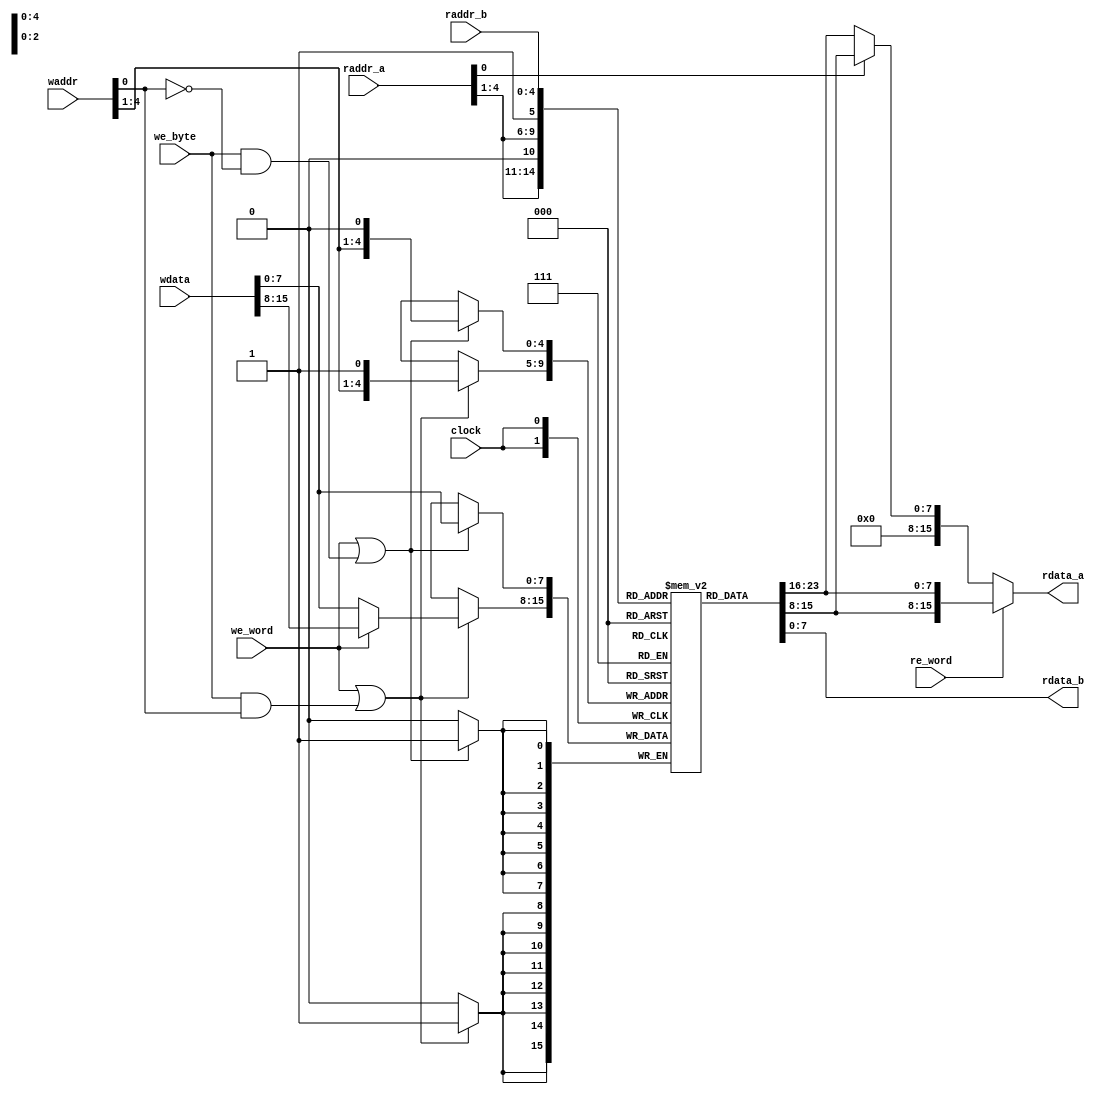
//----------------------------------------------------------------------
//  RegFile: Register File for AVR Compatible CPU
//----------------------------------------------------------------------
module  RegFile (
    input           clock,      //  Master clock
    input   [4:0]   waddr,      //  Write address
    input   [15:0]  wdata,      //  Write data
    input           we_byte,    //  Byte write enable
    input           we_word,    //  Word write enable
    input           re_word,    //  Port A word read enable
    input   [4:0]   raddr_a,    //  Port A read address
    input   [4:0]   raddr_b,    //  Port B read address
    output  [15:0]  rdata_a,    //  Port A read data
    output  [7:0]   rdata_b     //  Port B read data
);

//  Internal nets
reg [7:0]   regf[0:31];
wire        we_l;
wire        we_h;
wire[4:0]   waddr_l;
wire[4:0]   waddr_h;
wire[4:0]   raddr_a_l;
wire[4:0]   raddr_a_h;
wire[7:0]   rdata_a_l;
wire[7:0]   rdata_a_h;

//  Register write
assign  we_l = we_word | (we_byte & (waddr[0] == 1'b0));
assign  we_h = we_word | (we_byte & (waddr[0] == 1'b1));

assign  waddr_l = {waddr[4:1], 1'b0};
assign  waddr_h = {waddr[4:1], 1'b1};

always @(posedge clock) begin
    if (we_l) begin
        regf[waddr_l] <= wdata[7:0];
    end
    if (we_h) begin
        regf[waddr_h] <= we_word ? wdata[15:8] : wdata[7:0];
    end
end

//  Port A read
assign  raddr_a_l = {raddr_a[4:1], 1'b0};
assign  raddr_a_h = {raddr_a[4:1], 1'b1};

assign  rdata_a_l = regf[raddr_a_l];
assign  rdata_a_h = regf[raddr_a_h];

assign  rdata_a = re_word              ? {rdata_a_h, rdata_a_l}
                : (raddr_a[0] == 1'b0) ? {8'h00, rdata_a_l}
                :                        {8'h00, rdata_a_h};

//  Port B read
assign  rdata_b = regf[raddr_b];

endmodule